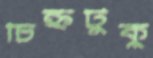
চিহ্নটুকু